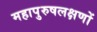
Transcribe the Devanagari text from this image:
महापुरुषलक्षणों